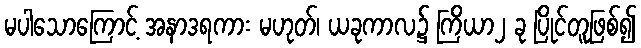
မပါသောကြောင့် အနာဒရကား မဟုတ်၊ ယခုကာလ၌ ကြိယာ၂ ခု ပြိုင်တူဖြစ်၍